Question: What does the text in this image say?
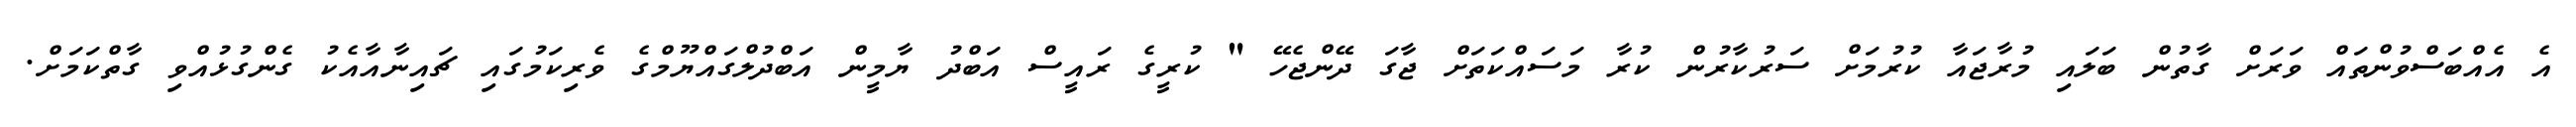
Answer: އެ އެއްބަސްވުންތައް ވަރަށް ގާތުން ބަލައި މުރާޖައާ ކުރުމަށް ސަރުކާރުން ކުރާ މަސައްކަތަށް ޖާގަ ދޭންޖެހޭ " ކުރީގެ ރައީސް އަބްދު ޔާމީން އަބްދުލްގައްޔޫމްގެ ވެރިކަމުގައި ޗައިނާއާއެކު ގެންގުޅުއްވި ގާތްކަމަށް.